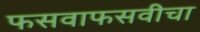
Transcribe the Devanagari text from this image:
फसवाफसवीचा